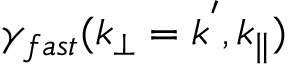
\gamma _ { f a s t } ( k _ { \perp } = k ^ { ' } , k _ { \parallel } )